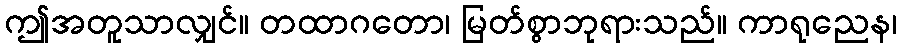
ဤအတူသာလျှင်။ တထာဂတော၊ မြတ်စွာဘုရားသည်။ ကာရုညေန၊